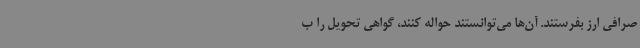
صرافی ارز بفرستند. آن‌ها می‌توانستند حواله کنند، گواهی تحویل را ب